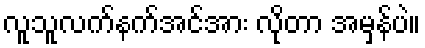
လူသူလက်နက်အင်အား လိုတာ အမှန်ပဲ။